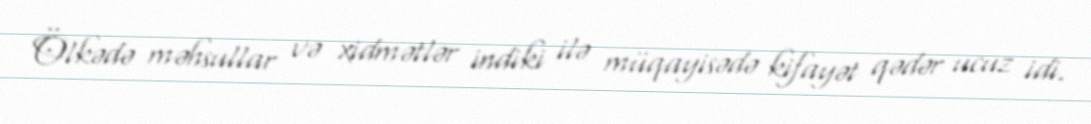
Ölkədə məhsullar və xidmətlər indiki ilə müqayisədə kifayət qədər ucuz idi.